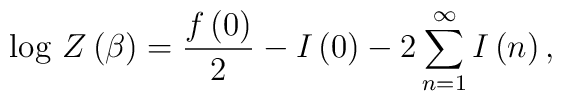
\log \, Z\left( \beta \right) =\frac{f\left( 0\right) }{2}-I\left( 0\right) -2\sum _{n=1}^{\infty }I\left( n\right) ,